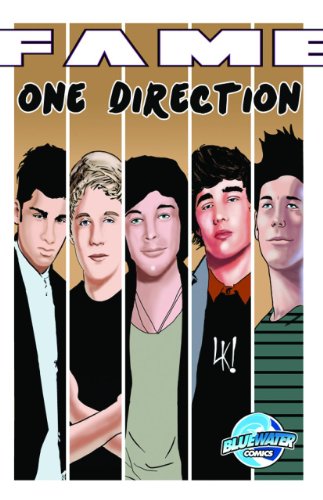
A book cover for Fame: One Direction: Graphic novel; Michael Troy; Children's Books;